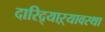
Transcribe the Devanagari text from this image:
दारिद्र्याऱ्यावस्था